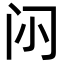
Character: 𮤭